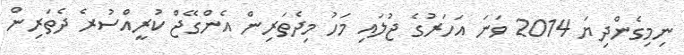
ނިމިގެންދިޔަ 2014 ވަނަ އަހަރުގެ ޖުލައި މަހު މިދެތަރިން އެންގޭޖް ކުރީއްސުރެ ދެތަރިން